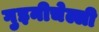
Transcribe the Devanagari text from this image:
गुइनीचेल्ली